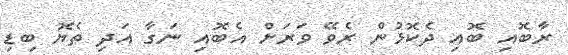
ރާބޮއި ބޮއި ދެކޮޅުން ރެވޭ ވަރަށް އެބޮއި ނަގާ އަދި ތެޔޮ ބިޑި